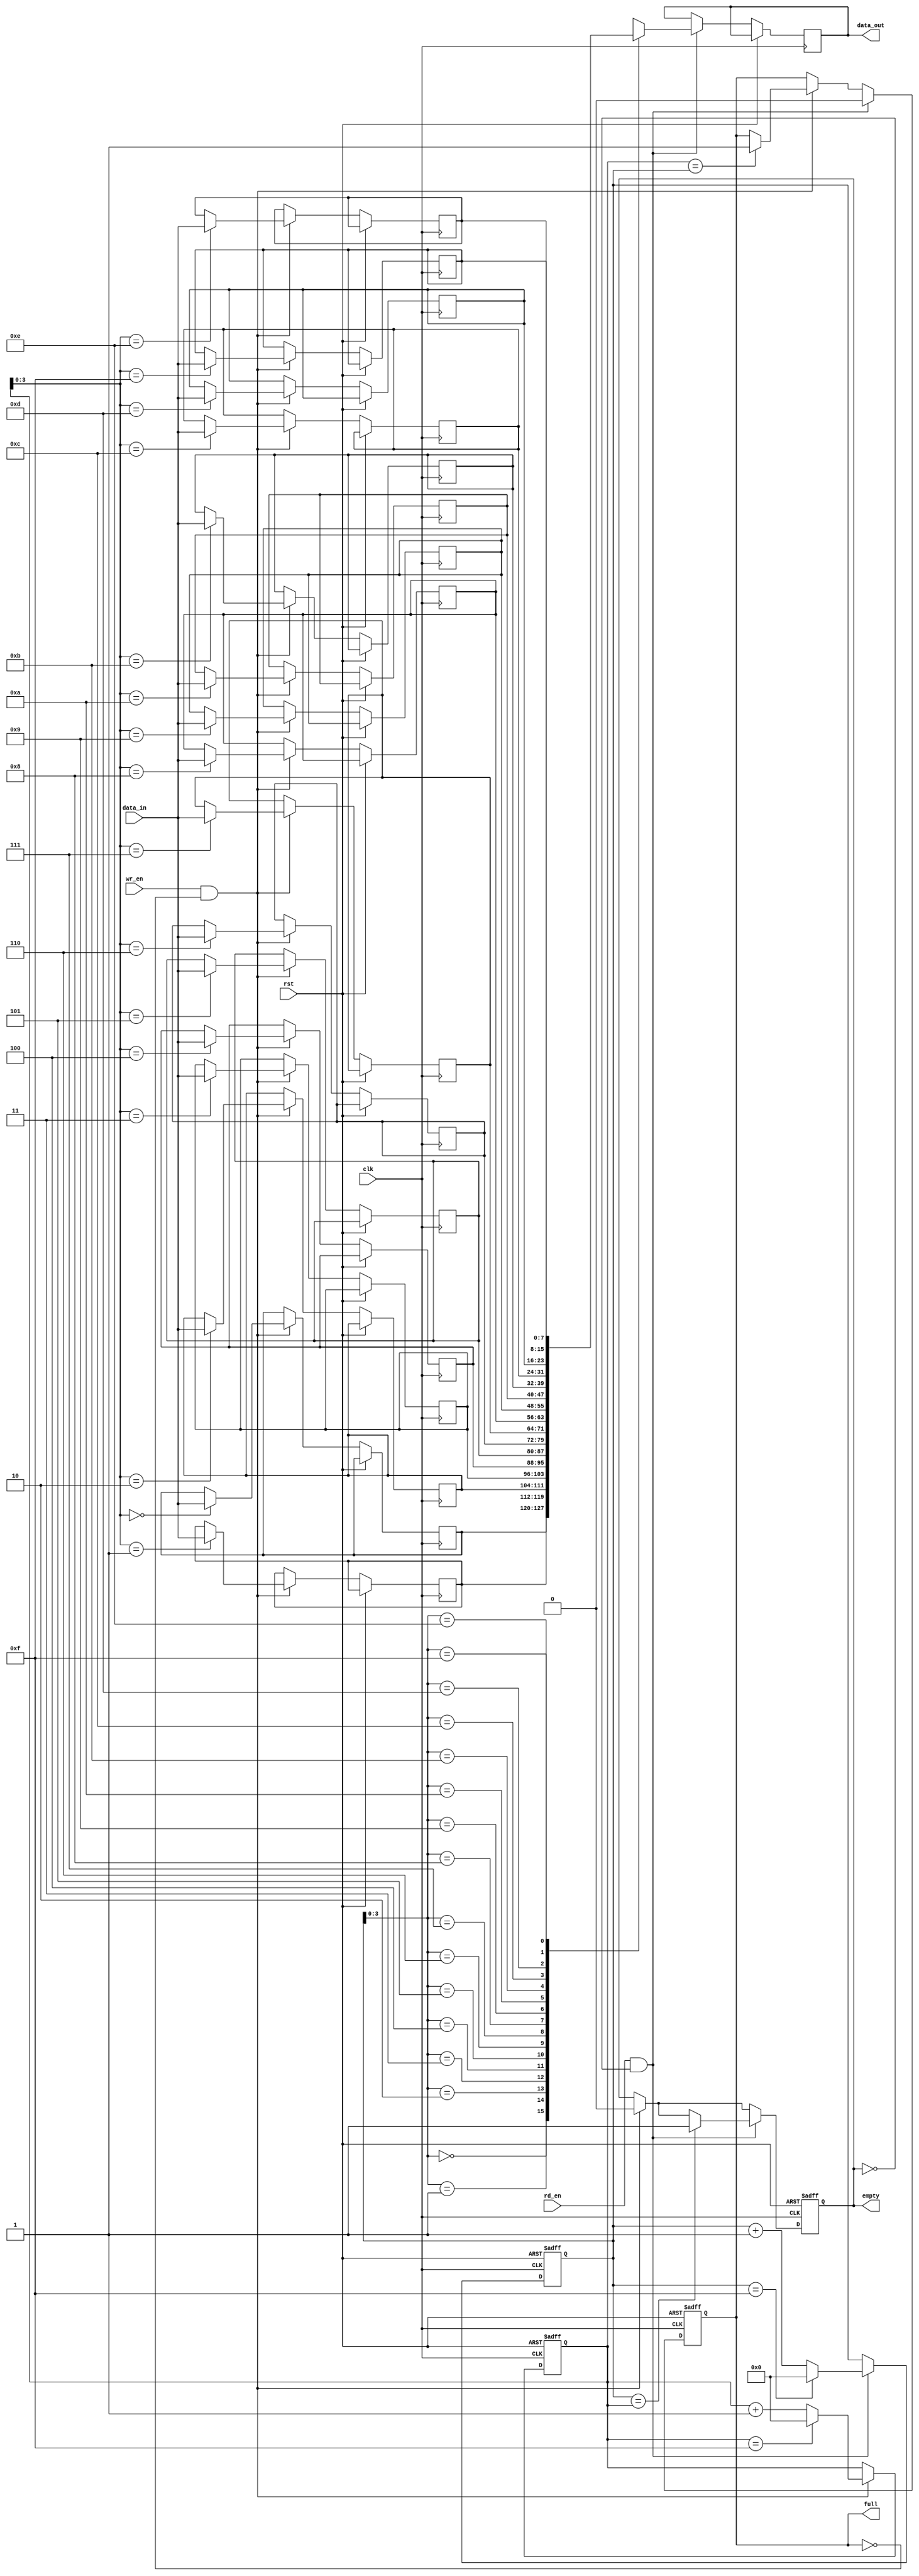
module fifo
#(
parameter WIDTH = 8, // width of data elements
parameter DEPTH = 16 // depth of FIFO buffer
)
(
input wire clk, // clock signal
input wire rst, // reset signal
input wire wr_en, // write enable signal
input wire rd_en, // read enable signal
input wire [WIDTH-1:0] data_in, // input data
output wire [WIDTH-1:0] data_out, // output data
output wire full, // full flag
output wire empty // empty flag
);

reg [WIDTH-1:0] fifo[DEPTH-1:0]; // storage array to hold data elements
reg [WIDTH-1:0] data_out; // output data
reg [WIDTH-1:0] read_ptr; // read pointer
reg [WIDTH-1:0] write_ptr; // write pointer
reg full, empty; // full and empty flags

always @(posedge clk or posedge rst) begin
if (rst) begin
read_ptr <= 0;
write_ptr <= 0;
full <= 0;
empty <= 1;
end else begin
if (wr_en && !full) begin
fifo[write_ptr] <= data_in;
write_ptr <= write_ptr + 1;
if (write_ptr == DEPTH - 1) write_ptr <= 0;
empty <= 0;
if (write_ptr == read_ptr) full <= 1;
end

if (rd_en && !empty) begin
data_out <= fifo[read_ptr];
read_ptr <= read_ptr + 1;
if (read_ptr == DEPTH - 1) read_ptr <= 0;
full <= 0;
if (read_ptr == write_ptr) empty <= 1;
end
end
end

endmodule